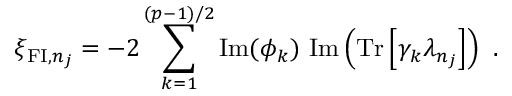
\xi _ { \mathrm { { \small F I } } , n _ { j } } = - 2 \sum _ { k = 1 } ^ { ( p - 1 ) / 2 } \mathrm { I m } ( \phi _ { k } ) ~ \mathrm { I m } \left( \mathrm { T r } \left[ \gamma _ { k } \lambda _ { n _ { j } } \right] \right) ~ .